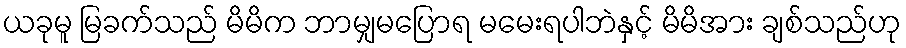
ယခုမူ မြခက်သည် မိမိက ဘာမျှမပြောရ မမေးရပါဘဲနှင့် မိမိအား ချစ်သည်ဟု